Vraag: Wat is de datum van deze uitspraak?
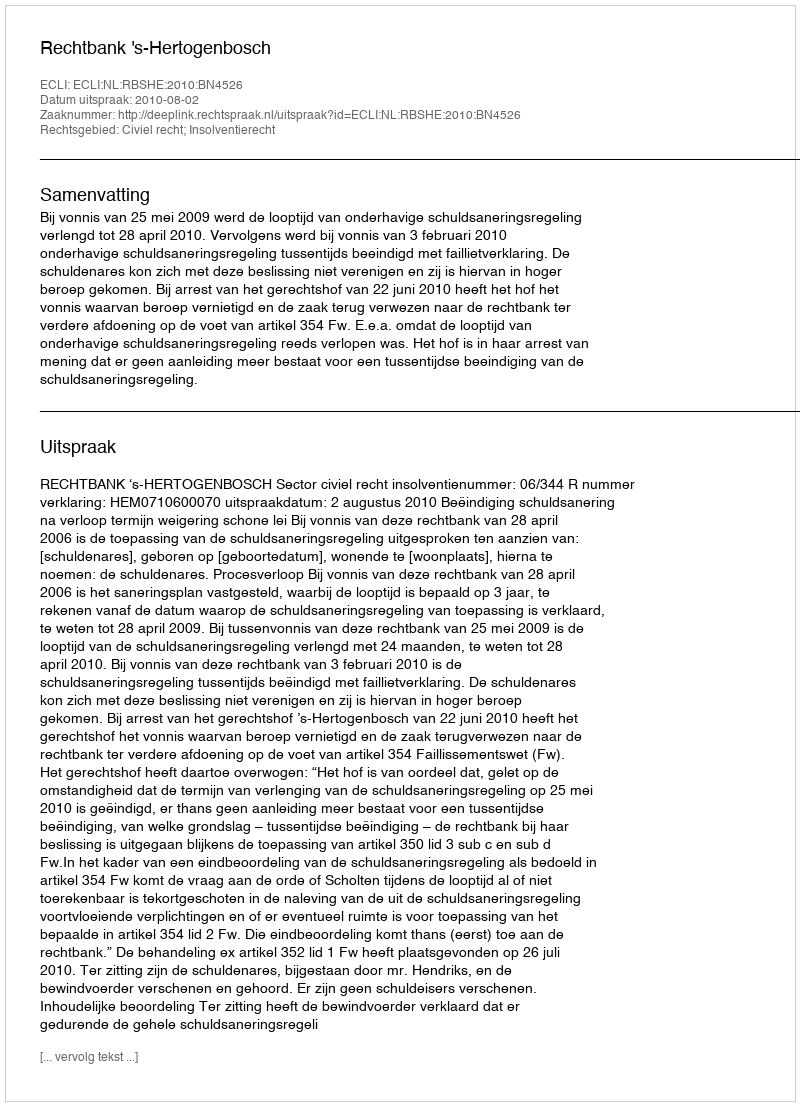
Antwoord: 2010-08-02